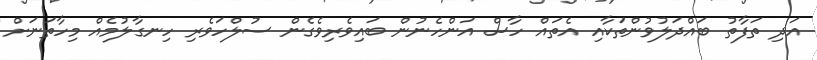
އަދި ތަފާތު ބައްދަލުވުންތަކާއި އެތައް ހާސް އަންހެނުން ބައިވެރިވެގެން ސުލްހަވެރި ހިނގާލުމެއް މިހާތަނަށް